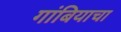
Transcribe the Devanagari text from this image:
गांबियाचा